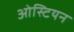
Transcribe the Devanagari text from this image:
ओस्टियन